Second report of the anti-malarial operations at Mian Mir, 1901-1903 - Number 9
Year: 1901
Disease focus: Malaria
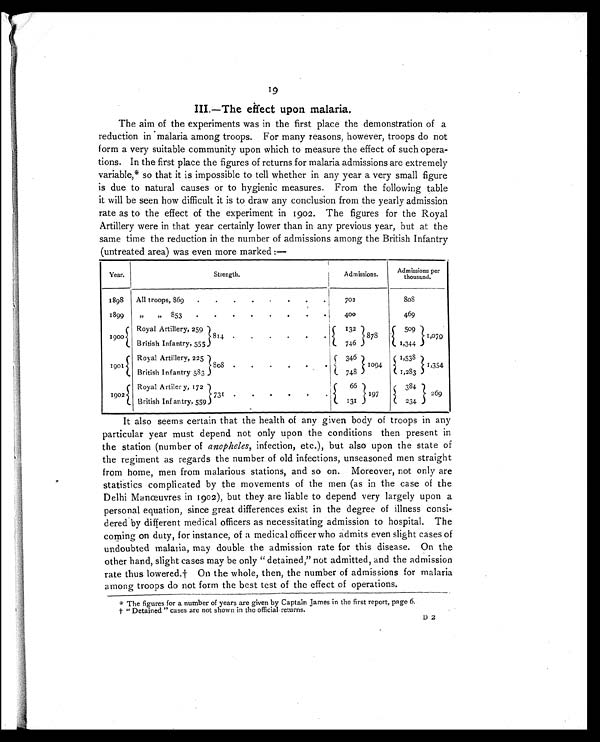
19
III.—The effect upon malaria.
The aim of the experiments was in the first place the demonstration of a
reduction in malaria among troops. For many reasons, however, troops do not
form a very suitable community upon which to measure the effect of such opera-
tions. In the first place the figures of returns for malaria admissions are extremely
variable,* so that it is impossible to tell whether in any year a very small figure
is due to natural causes or to hygienic measures. From the following table
it will be seen how difficult it is to draw any conclusion from the yearly admission
rate as to the effect of the experiment in 1902. The figures for the Royal
Artillery were in that year certainly lower than in any previous year, but at the
same time the reduction in the number of admissions among the British Infantry
(untreated area) was even more marked :—
Year.
Strength.
Admissions.
Admissions per
thousand.
1898
All troops, 869
.
.
.
.
.
.
.
. 702
8 0 8
1899
,,
,, 853
.
.
.
.
.
.
.
. 400
469
1900
Royal Artillery, 259
814
.
.
.
.
.
.
132
878
509
1,079
British Infantry, 555
746
1,344
1901
Royal Artillery, 225 808 .
.
.
.
.
.
346
1094
1,538
1,354
748
1,283
British Infantry 583
1902
R o y a l A r t i l e r y ,
172
731
.
.
.
.
.
.
66
197
384
269
B r i t i s h I n f a n t r y ,
5 5 9
131
234
It also seems certain that the health of any given body of troops in any
particular year must depend not only upon the conditions then present in
the station (number of anopheles, infection, etc.), but also upon the state of
the regiment as regards the number of old infections, unseasoned men straight
from home, men from malarious stations, and so on. Moreover, not only are
statistics complicated by the movements of the men (as in the case of the
Delhi Manœuvres in 1902), but they are liable to depend very largely upon a
personal equation, since great differences exist in the degree of illness consi-
dered by different medical officers as necessitating admission to hospital. The
coming on duty, for instance, of a medical officer who admits even slight cases of
undoubted malaria, may double the admission rate for this disease. On the
other hand, slight cases may be only "detained," not admitted, and the admission
rate thus lowered.† On the whole, then, the number of admissions for malaria
among troops do not form the best test of the effect of operations.
* The figures for a number of years are given by Captain James in the first report, page 6.
† " Detained " cases are not shown in the official returns.
D 2